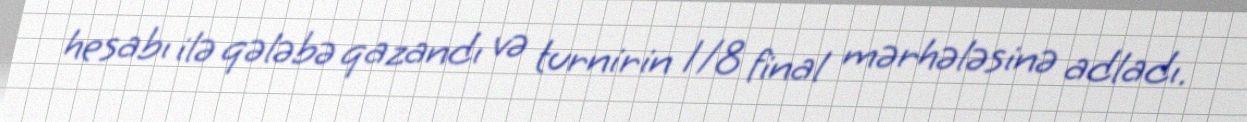
hesabı ilə qələbə qazandı və turnirin 1/8 final mərhələsinə adladı.